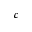
c